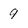
Character: 9